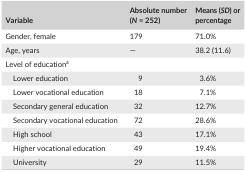
<table><thead><tr><td><b>Variable</b></td><td><b>Absolute number (<i>N</i> = 252)</b></td><td><b>Means (<i>SD</i>) or percentage</b></td></tr></thead><tbody><tr><td>Gender, female</td><td>179</td><td>71.0%</td></tr><tr><td>Age, years</td><td>—</td><td>38.2 (11.6)</td></tr><tr><td colspan="3">Level of educationa</td></tr><tr><td>Lower education</td><td>9</td><td>3.6%</td></tr><tr><td>Lower vocational education</td><td>18</td><td>7.1%</td></tr><tr><td>Secondary general education</td><td>32</td><td>12.7%</td></tr><tr><td>Secondary vocational education</td><td>72</td><td>28.6%</td></tr><tr><td>High school</td><td>43</td><td>17.1%</td></tr><tr><td>Higher vocational education</td><td>49</td><td>19.4%</td></tr><tr><td>University</td><td>29</td><td>11.5%</td></tr></tbody></table>